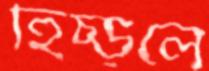
হিঁচ্‌ড়লে